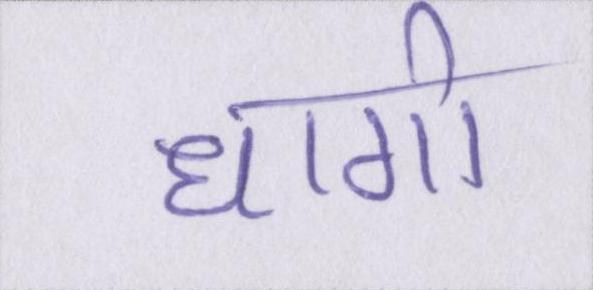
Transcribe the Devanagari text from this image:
धागो